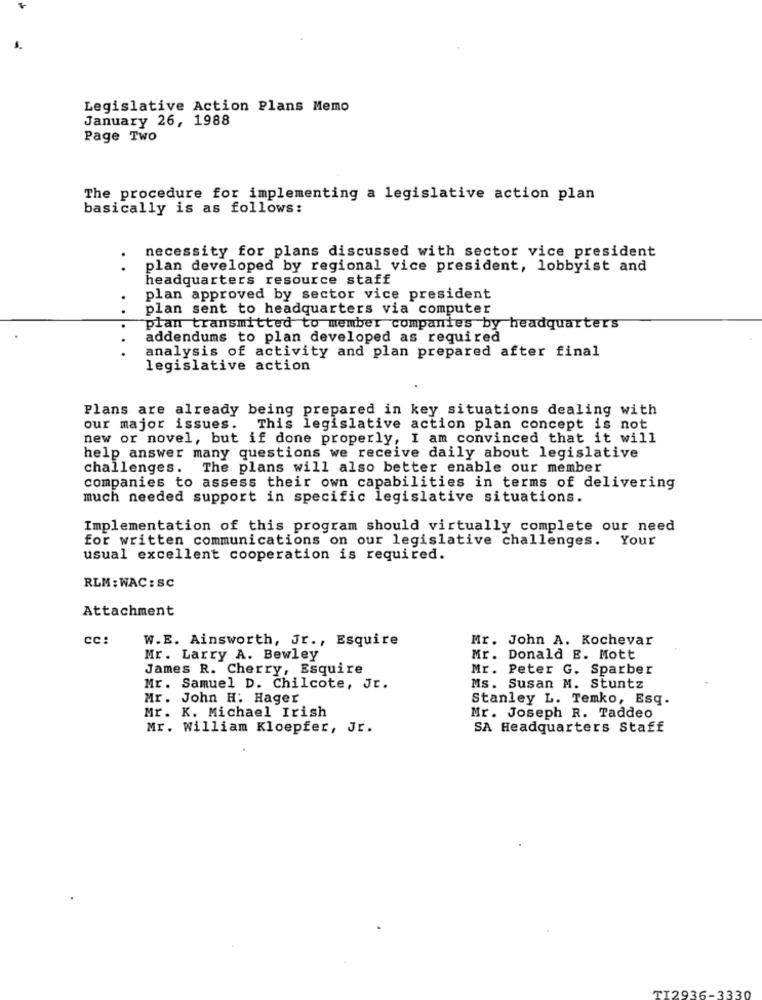
Legislative Action Plans Memo
January 26, 1988
Page Two
The procedure for implementing a legislative action plan
basically is as follows:
necessity for plans discussed with sector vice president
. .
plan developed by regional vice president, lobbyist and
headquarters resource staff
plan approved by sector vice president
..
plan sent to headquarters via computer
plan transmitted to member companies by headquarters
addendums to plan developed as required
...
analysis of activity and plan prepared after final
legislative action
Plans are already being prepared in key situations dealing with
our major issues. This legislative action plan concept is not
new or novel, but if done properly, I am convinced that it will
help answer many questions we receive daily about legislative
challenges.
The plans will also better enable our member
companies to assess their own capabilities in terms of delivering
much needed support in specific legislative situations.
Implementation of this program should virtually complete our need
for written communications on our legislative challenges. Your
usual excellent cooperation is required.
RLM: WAC: SC
Attachment
CC:
W.E. Ainsworth, Jr ., Esquire
Mr. John A. Kochevar
Mr. Larry A. Bewley
Mr. Donald E. Mott
James R. Cherry, Esquire
Mr. Peter G. Sparber
Mr. Samuel D. Chilcote, Jr.
Ms. Susan M. Stuntz
Mr. John H: Hager
Stanley L. Temko, Esq.
Mr. K. Michael Irish
Mr. Joseph R. Taddeo
Mr. William Kloepfer, Jr.
SA Headquarters Staff
TI2936-3330